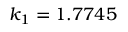
k _ { 1 } = 1 . 7 7 4 5